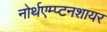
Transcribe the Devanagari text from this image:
नोर्थएम्प्टनशायर